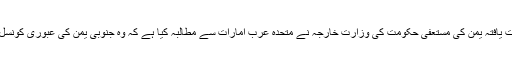
دوسری جانب سعودی عرب کی حمایت یافتہ یمن کی مستعفی حکومت کی وزارت خارجہ نے متحدہ عرب امارات سے مطالبہ کیا ہے کہ وہ جنوبی یمن کی عبوری کونسل کی حمایت فوری طور پر بند کردے۔